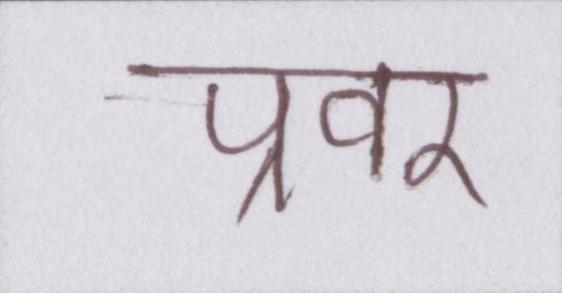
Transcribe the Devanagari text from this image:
प्रवर